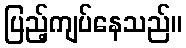
ပြည့်ကျပ်နေသည်။